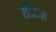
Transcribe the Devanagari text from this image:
सीरेज़